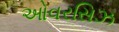
ઓવરસિઝ